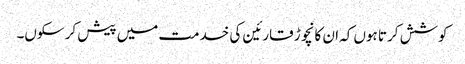
کوشش کرتا ہوں کہ ان کا نچوڑ قارئین کی خدمت میں پیش کر سکوں۔